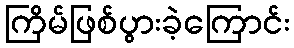
ကြိမ်ဖြစ်ပွားခဲ့ကြောင်း